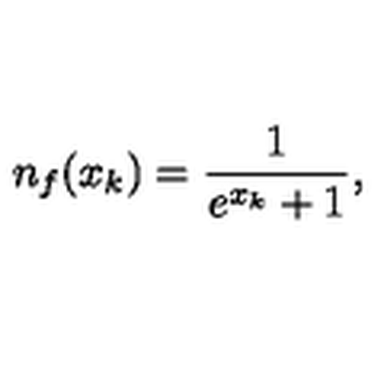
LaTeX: n _ { f } ( x _ { k } ) = { \frac { 1 } { e ^ { x _ { k } } + 1 } } ,